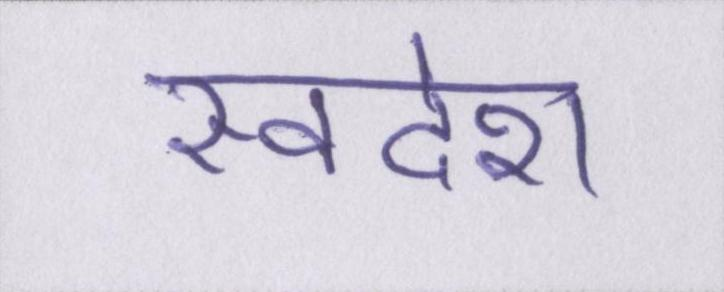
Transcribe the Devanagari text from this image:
स्वदेश